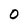
Character: 0